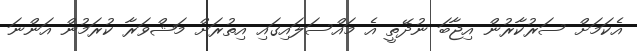
އެކަމަށް ސަރުކާރުން އިޖާބަ ނުދޭތީ އެ މައްސަލައިގައި އިތުރަށް މަޝްވަރާ ކުރަމުން އަންނަ